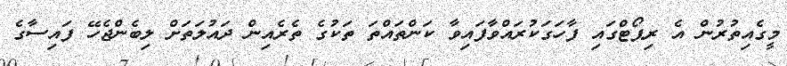
މީގެއިތުރުން އެ ރިޕޯޓްގައި ފާހަގަކުރައްވާފައިވާ ކަންތައްތަ ތަކުގެ ތެރެއިން ދައުލަތަށް ލިބެންޖެހޭ ފައިސާގެ